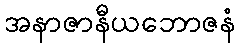
အနာဇာနီယဘောဇနံ